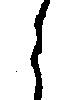
ら